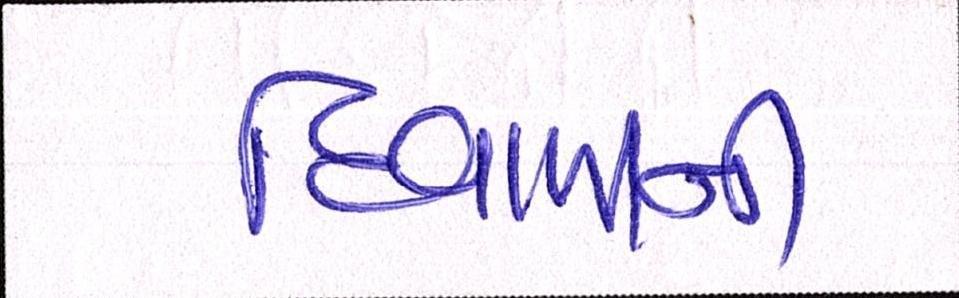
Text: દિવાળીની